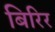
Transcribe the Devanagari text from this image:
बिरिर